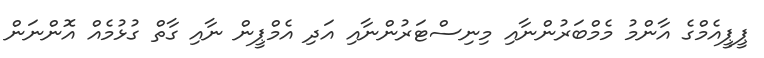
ޕީޕީއެމްގެ އާންމު މެމްބަރުންނާއި މިނިސްޓަރުންނާއި އަދި އެމްޕީން ނާއި ގާތް ގުޅުމެއް އޮންނަން